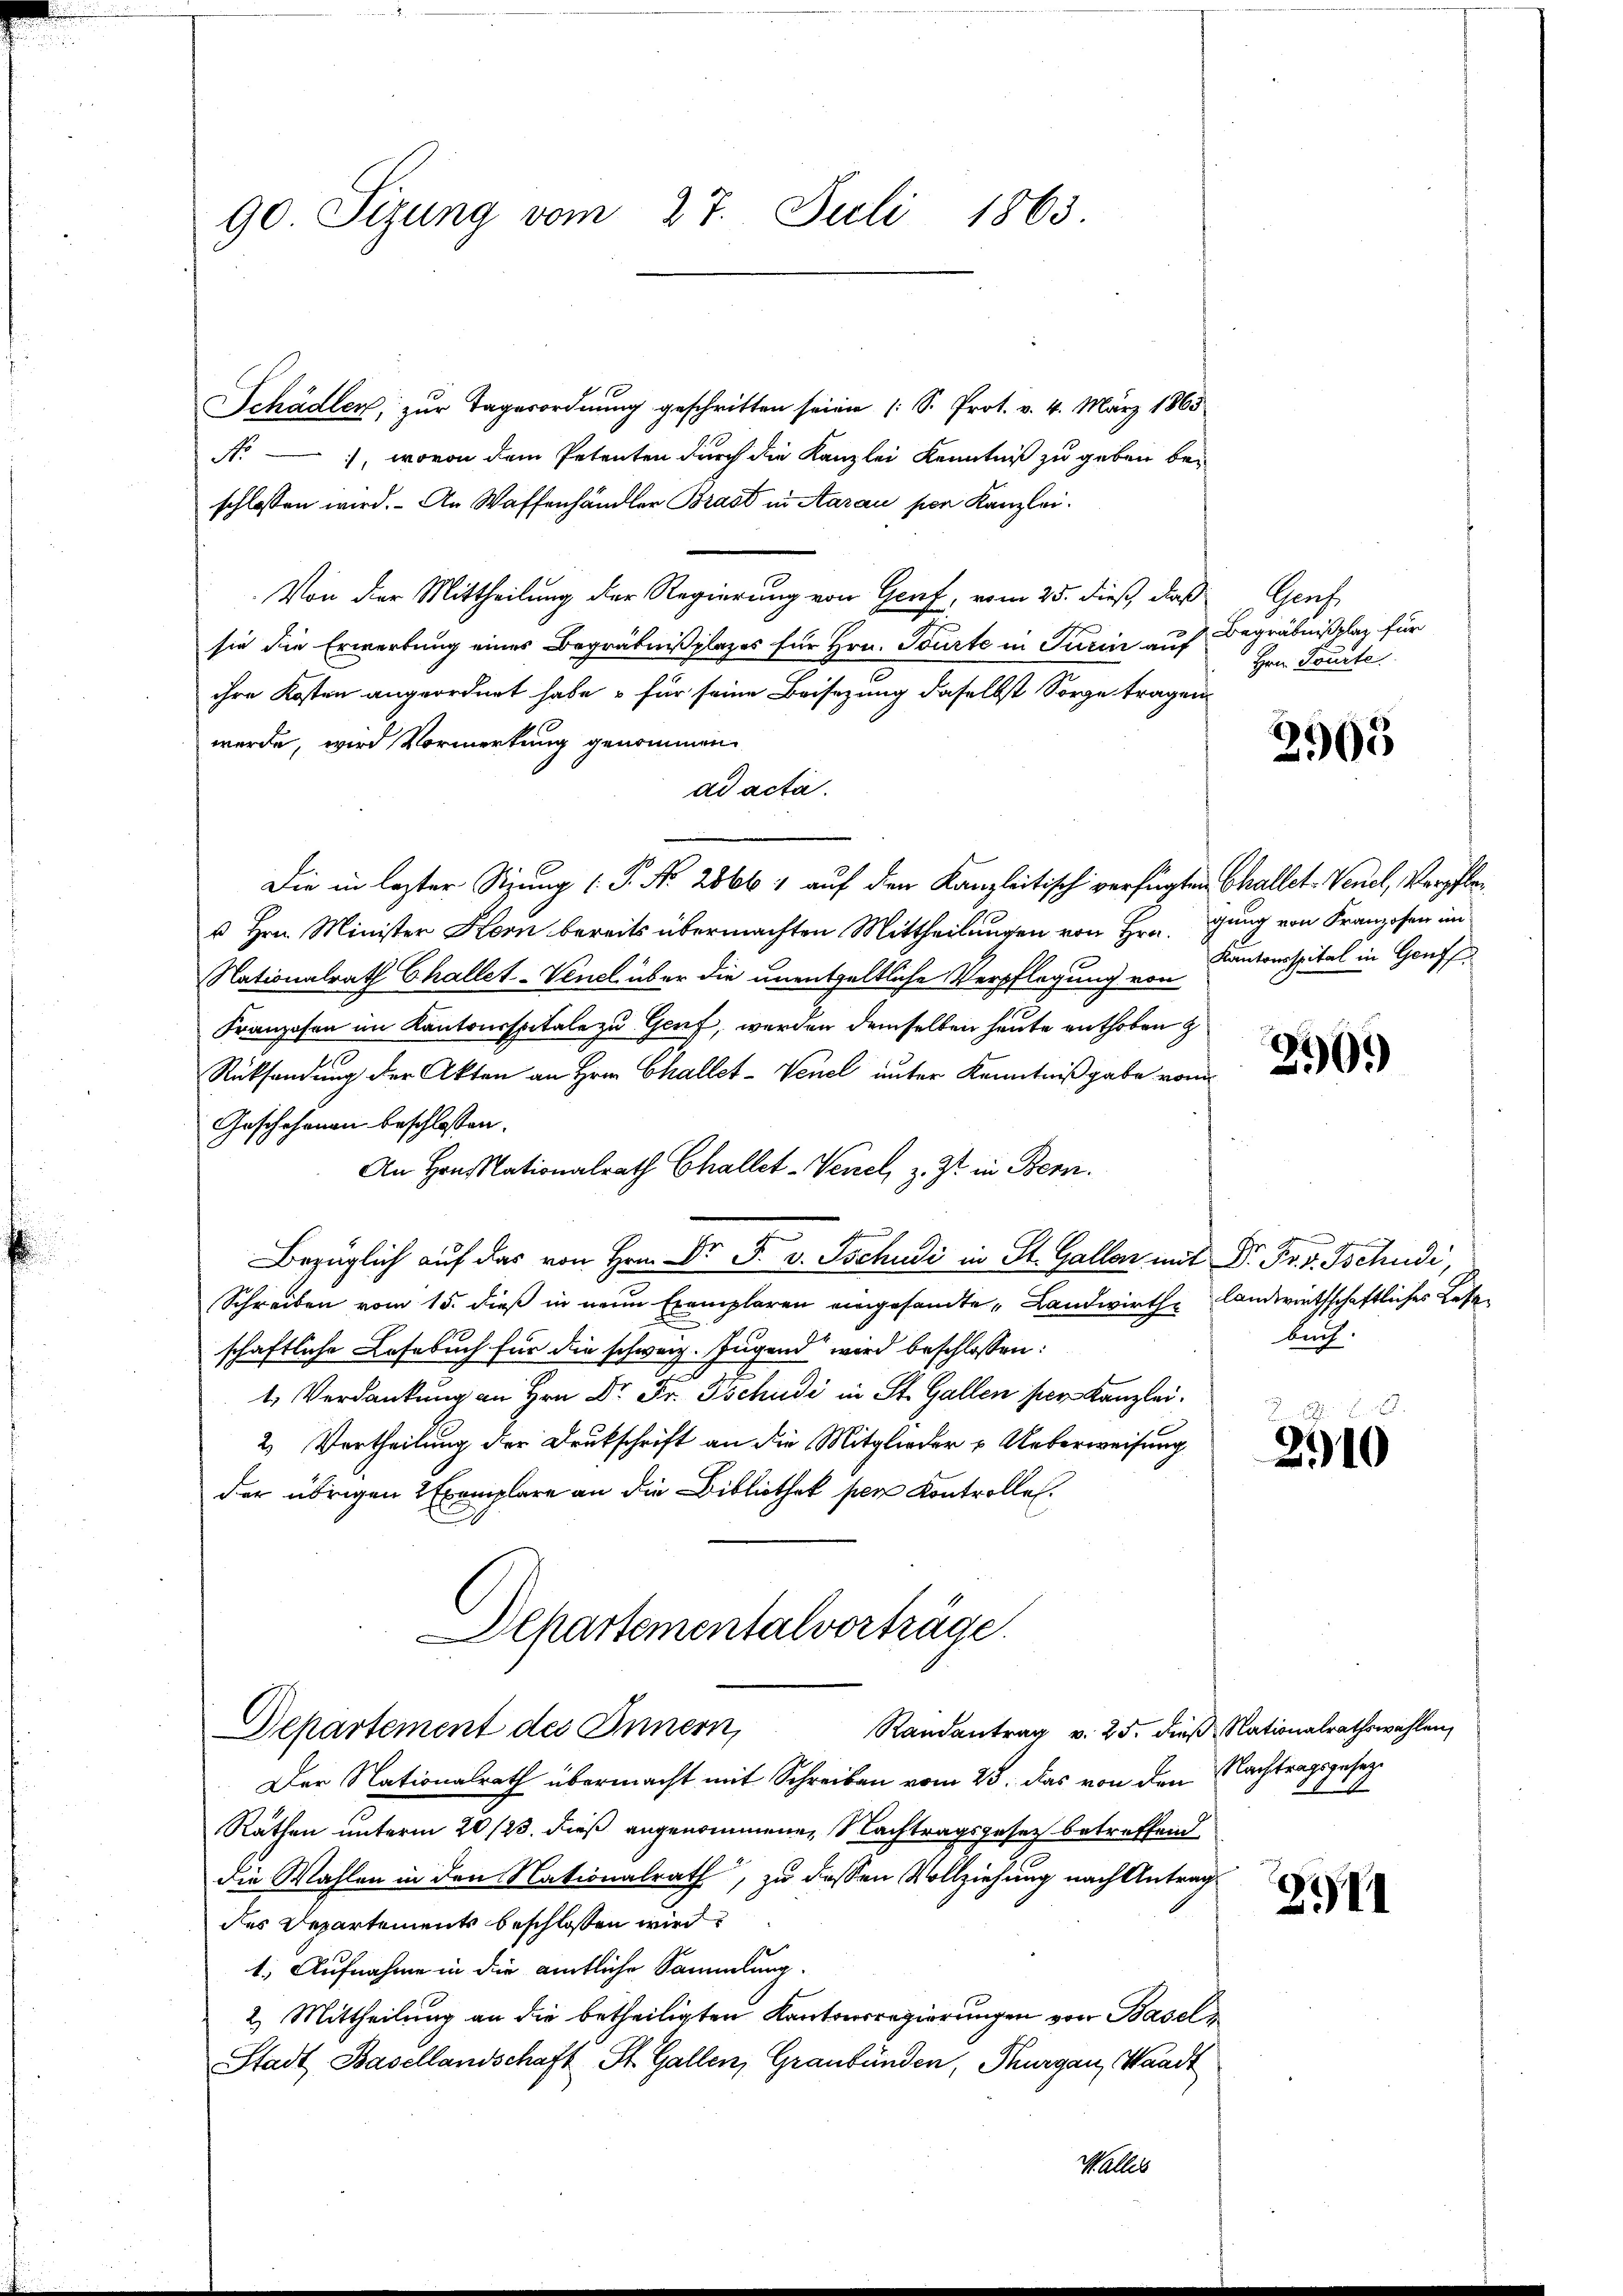
90. Sizung vom 27. Juli 1863.

Schädler, zur Tagesordnung geschritten seien (S. Prot. v. 4. März 1865
No
), wovon dem Petenten durch die Kanzlei Kenntniß zu geben beschlossen wird. An Waffenhändler Brast in Aarau per Kanzlei.
Von der Mittheilung der Regierung von Genf, vom 25. dieß, daß Genf
sie die Erwerbung eines Begräbnißplatzes für Hrn. Tourte in Turin auf
ihre Kosten angeordnet habe, – für seine Beisezung daselbst Sorge tragen
werde, wird Vormerkung genommen
ad acta.
Die in lezter Sitzung (P. No. 28661 auf den Kanzleitisch verfügten Challet Venel, Verpflan
u Hrn. Minister Kern bereits übermachten Mittheilungen von Hrn. gung von Franzosen im
Nationalrath Challet-Venel über die unentgeltliche Verpflegung von
Franzosen im Kantonsspitale zu Genf, werden demselben heute enthoben z
Rücksendung der Akten an Hrn. Challet-Venel unter Kenntnißgabe von
Geschehenen beschlossen:
An Hrn. Stationalrath Challet -Venel, z. Zt. in Bern.
Bezüglich auf das von Hrn. Dr. F. v. Tschudi in St. Gallen mit Dr. Fr. v. Tschudi,
Schreiben vom 15. dieß in neun Exemplaren eingesandte Landwirth landwirthschaftliches Lesen
schaftliche Losebuch für die schweiz. Jugend wird beschlossen:
f
1. Verdankung an Hrn Dr. Fr. Tschudi in St. Gallen per Kanzlei.
2) Vertheilung der Drukschrift an die Mitglieder u Ueberweisung
der übrigen 2 Exemplare an die Bibliothek per Kontrolle.

Departementalvorträge.
Departement des Innern,

Begräbnißplaz für
Hrn. Tourte

Randantrag v. 25. dieß Nationalrathswahlen,
Der Nationalrath übermacht mit Schreiben vom 23. das von den Nachtragsgesez¬
Rathen unterm 20 /23. dieß angenommenen Nachtragsgesetz betreffend
die Wahlen in den Nationalrath, zu dessen Vollziehung nach Antrag
des Departements beschlossen wird.
1. Aufnahme in die amtliche Sammlung.
2.) Mittheilung an die betheiligten Kantonsregierungen von Basel
Stadt Basellandschaft St. Gallen, Graubünden, Thurgau, Waadt
Wallis

2905

Kantonsspital in Genf

290.

buch.

2910

21